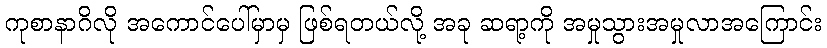
ကုစာနာဂိလို အကောင်ပေါ်မှာမှ ဖြစ်ရတယ်လို့ အခု ဆရာ့ကို အမှုသွားအမှုလာအကြောင်း